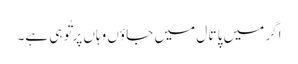
اگر میں پا تا ل میں جا ؤں وہاں پر تُو ہی ہے۔